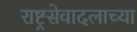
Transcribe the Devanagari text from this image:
राष्ट्रसेवादलाच्या